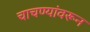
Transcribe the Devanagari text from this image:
चाचण्यांवरून